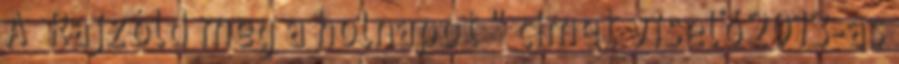
A „Rajzold meg a holnapot " címet viselő 2013-as